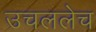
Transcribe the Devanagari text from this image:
उचललेच